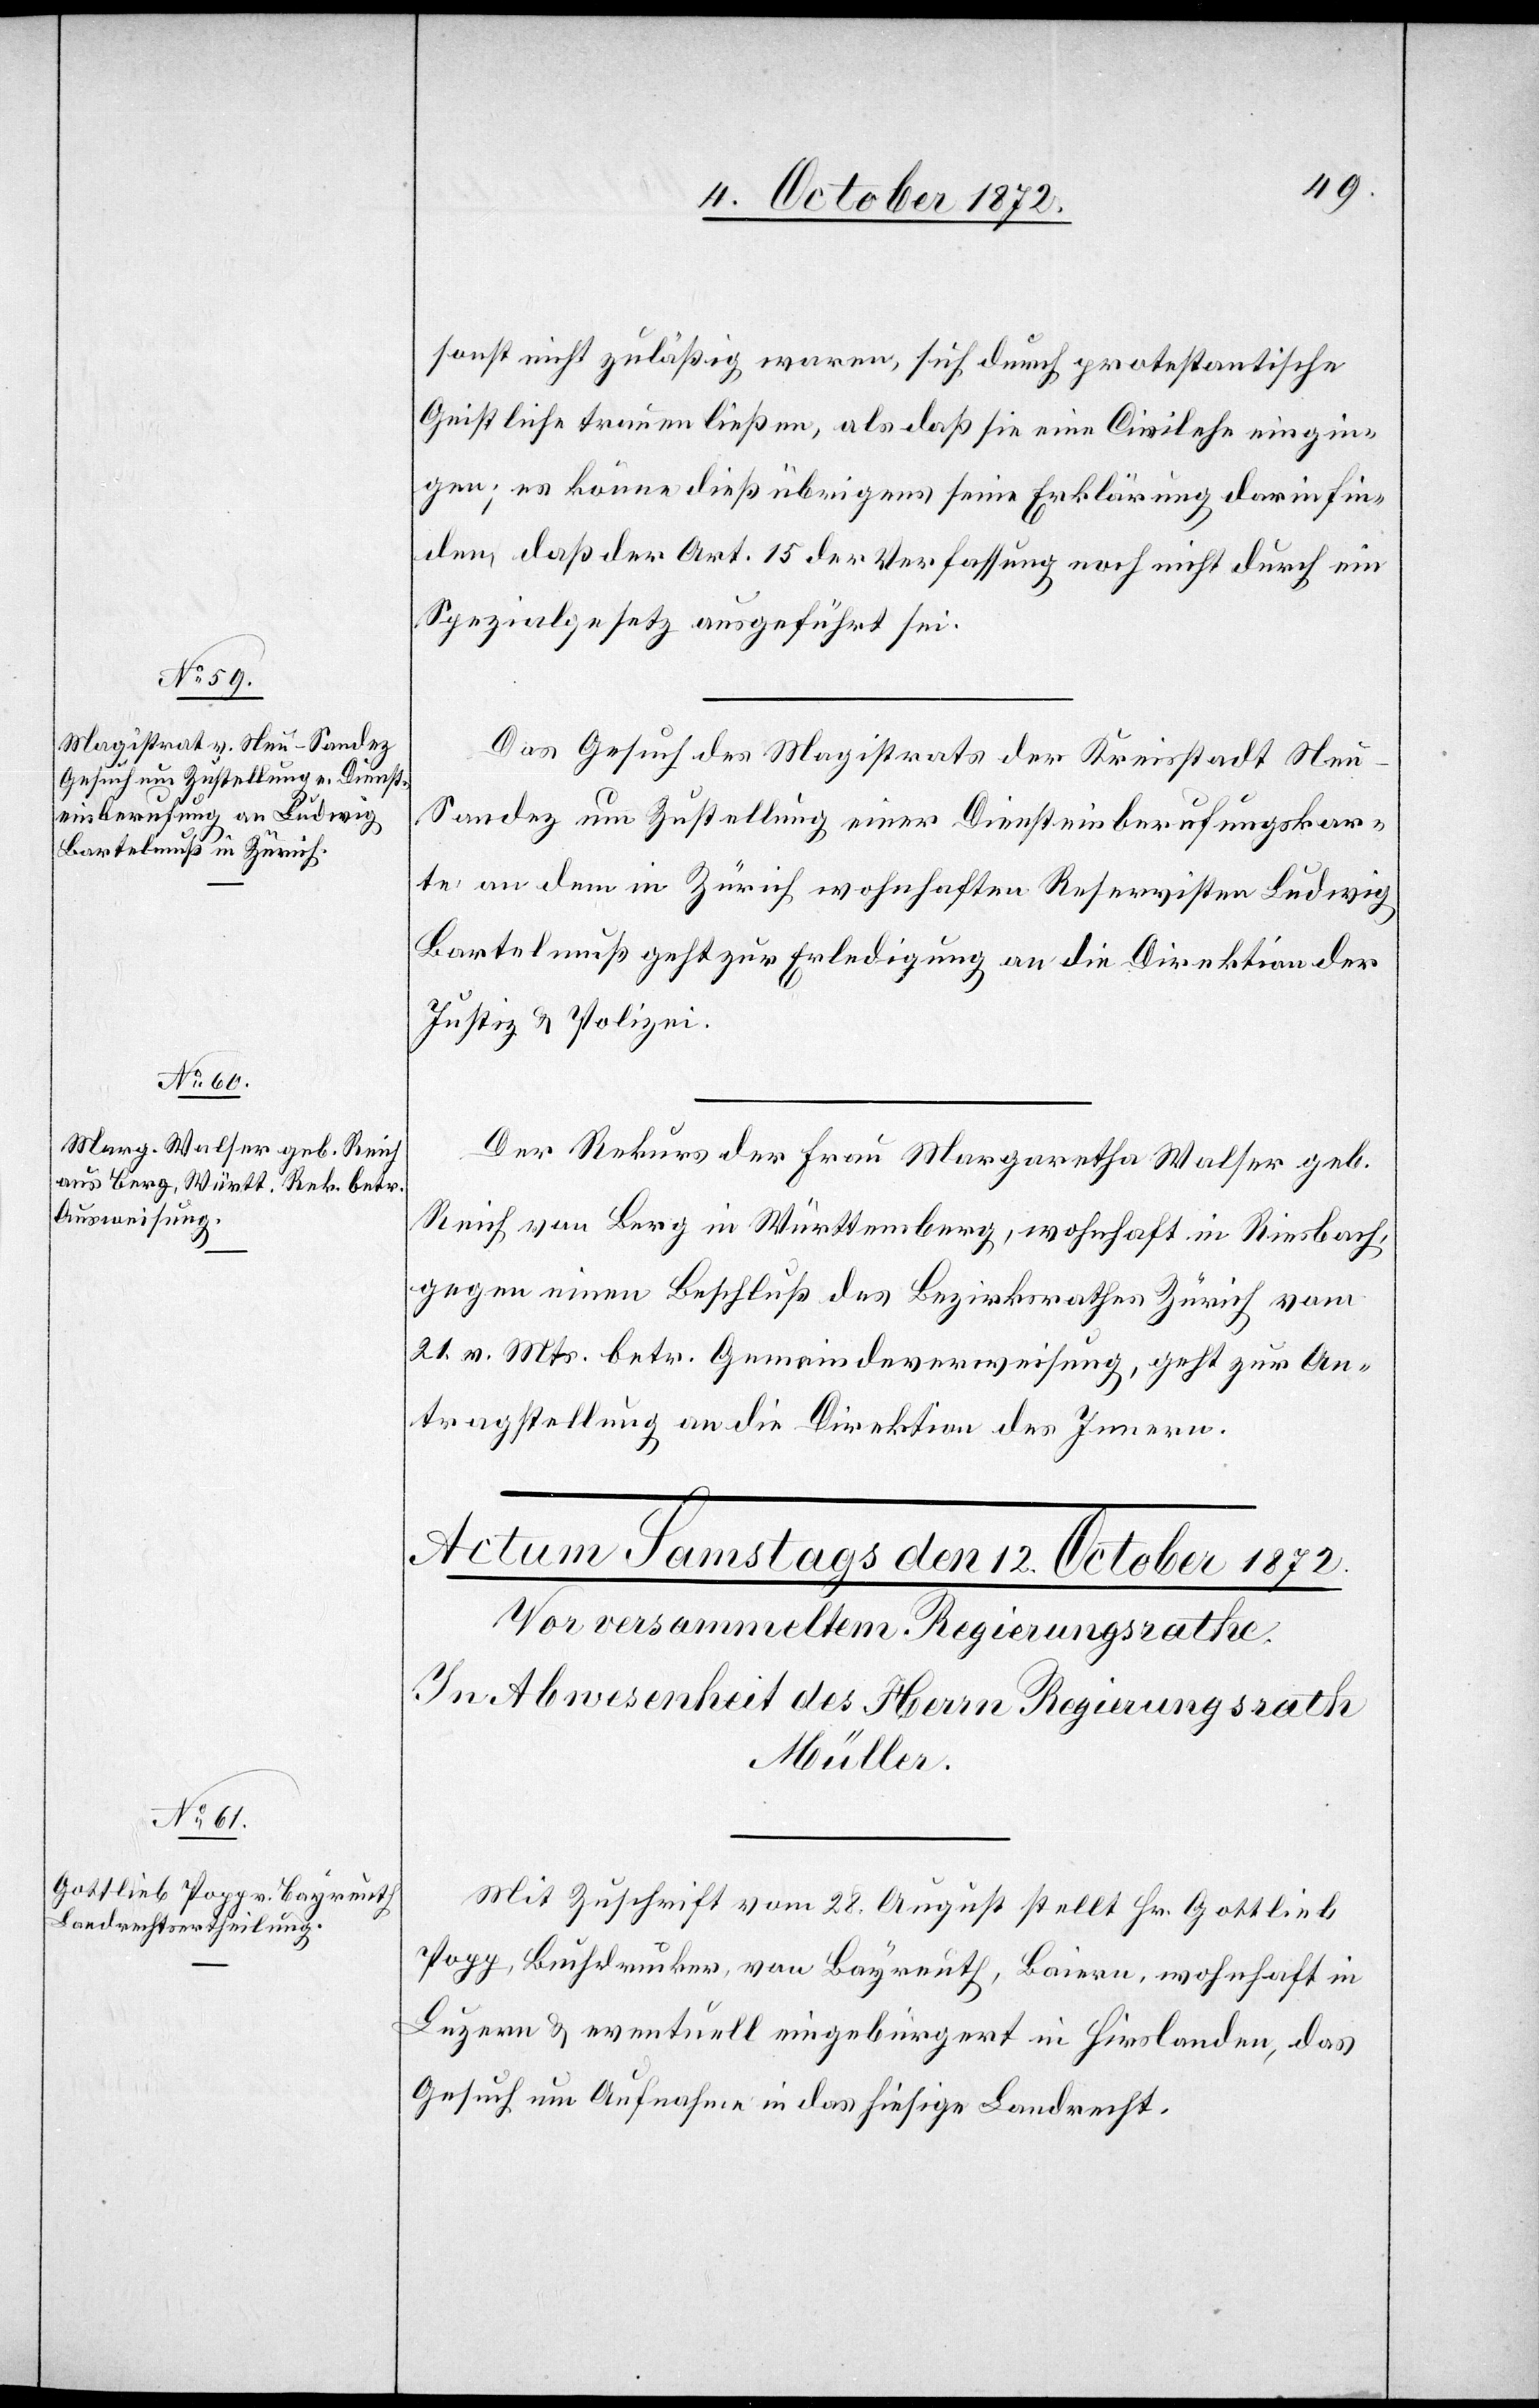
11. October 1872.]
sonst nicht zuläßig waren, sich durch protestantische
Geistliche trauen ließen, als daß sie eine Civilehe eingin¬
gen; es könne dieß übrigens seine Erklärung darin fin¬
den, daß der Art. 15 der Verfassung noch nicht durch ein
Spezialgesetz ausgeführt sei.
Das Gesuch des Magistrats der Kreisstadt Ne¬
u-Sandez um Zustellung einer Diensteinberufungskar¬
te an dem in Zürich wohnhaften Reservisten Ludwig
Bartelmuß geht zur Erledigung an die Direktion der
Justiz u. Polizei.
Der Rekurs der Frau Margaretha Walser geb.
Reich von Berg in Württemberg, wohnhaft in Riesbach,
gegen einen Beschluß des Bezirksrathes Zürich vom
21. v. Mts. betr. Gemeindeverweisung, geht zur An¬
tragstellung an die Direktion des Innern.
Mit Zuschrift vom 28. August stellt Hr. Gottlieb
Popp, Buchdrucker, von Bayreuth, Baiern, wohnhaft in
Luzern u. eventuell eingebürgert in Hirslanden, das
Gesuch um Aufnahme in das hiesige Landrecht.